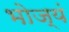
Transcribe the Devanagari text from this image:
भोज्यं